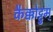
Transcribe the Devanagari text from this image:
कैक्कोट्टुम्